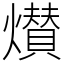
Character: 㸇